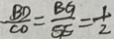
- \frac { B D } { C O } = \frac { B G } { S E } = \frac { 1 } { 2 }